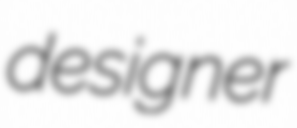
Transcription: designer